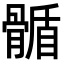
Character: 𩩻